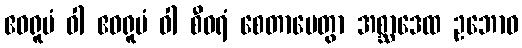
ဧဝရူပံ ဝါ ဧဝရူပံ ဝါ စီဝရံ စေတာပေတွာ အစ္ဆာဒေထ ဥဘောဝ